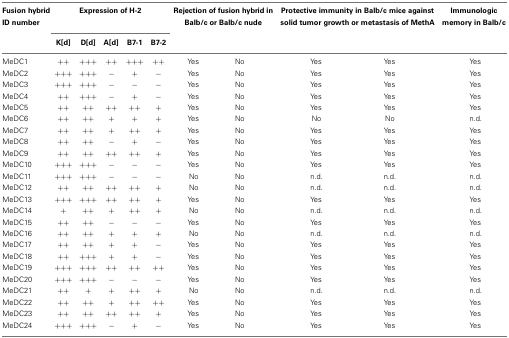
<table><thead><tr><td><b>Fusion hybrid</b></td><td colspan="5"><b>Expression of H-2</b></td><td colspan="2"><b>Rejection of fusion hybrid in</b></td><td colspan="2"><b>Protective immunity in Balb/c mice against</b></td><td><b>Immunologic</b></td></tr><tr><td><b>ID number</b></td><td></td><td></td><td></td><td></td><td></td><td colspan="2"><b>Balb/c or Balb/c nude</b></td><td colspan="2"><b>solid tumor growth or metastasis of MethA</b></td><td><b>memory in Balb/c</b></td></tr><tr><td></td><td><b>K[d]</b></td><td><b>D[d]</b></td><td><b>A[d]</b></td><td><b>B7-1</b></td><td><b>B7-2</b></td><td></td></tr></thead><tbody><tr><td>MeDC1</td><td>++</td><td>+++</td><td>++</td><td>+++</td><td>++</td><td>Yes</td><td>No</td><td>Yes</td><td>Yes</td><td>Yes</td></tr><tr><td>MeDC2</td><td>+++</td><td>+++</td><td>−</td><td>+</td><td>−</td><td>Yes</td><td>No</td><td>Yes</td><td>Yes</td><td>Yes</td></tr><tr><td>MeDC3</td><td>+++</td><td>+++</td><td>−</td><td>−</td><td>−</td><td>Yes</td><td>No</td><td>Yes</td><td>Yes</td><td>Yes</td></tr><tr><td>MeDC4</td><td>++</td><td>+++</td><td>−</td><td>+</td><td>−</td><td>Yes</td><td>No</td><td>Yes</td><td>Yes</td><td>Yes</td></tr><tr><td>MeDC5</td><td>++</td><td>++</td><td>++</td><td>++</td><td>+</td><td>Yes</td><td>No</td><td>Yes</td><td>Yes</td><td>Yes</td></tr><tr><td>MeDC6</td><td>++</td><td>++</td><td>+</td><td>+</td><td>+</td><td>Yes</td><td>No</td><td>No</td><td>No</td><td>n.d.</td></tr><tr><td>MeDC7</td><td>++</td><td>++</td><td>+</td><td>++</td><td>+</td><td>Yes</td><td>No</td><td>Yes</td><td>Yes</td><td>Yes</td></tr><tr><td>MeDC8</td><td>++</td><td>++</td><td>−</td><td>+</td><td>−</td><td>Yes</td><td>No</td><td>Yes</td><td>Yes</td><td>Yes</td></tr><tr><td>MeDC9</td><td>++</td><td>++</td><td>++</td><td>++</td><td>+</td><td>Yes</td><td>No</td><td>Yes</td><td>Yes</td><td>Yes</td></tr><tr><td>MeDC10</td><td>+++</td><td>+++</td><td>−</td><td>−</td><td>−</td><td>Yes</td><td>No</td><td>Yes</td><td>Yes</td><td>Yes</td></tr><tr><td>MeDC11</td><td>+++</td><td>+++</td><td>−</td><td>−</td><td>−</td><td>No</td><td>No</td><td>n.d.</td><td>n.d.</td><td>n.d.</td></tr><tr><td>MeDC12</td><td>++</td><td>++</td><td>++</td><td>++</td><td>+</td><td>No</td><td>No</td><td>n.d.</td><td>n.d.</td><td>n.d.</td></tr><tr><td>MeDC13</td><td>+++</td><td>+++</td><td>++</td><td>++</td><td>+</td><td>Yes</td><td>No</td><td>Yes</td><td>Yes</td><td>Yes</td></tr><tr><td>MeDC14</td><td>+</td><td>++</td><td>+</td><td>++</td><td>+</td><td>No</td><td>No</td><td>n.d.</td><td>n.d.</td><td>n.d.</td></tr><tr><td>MeDC15</td><td>++</td><td>++</td><td>−</td><td>−</td><td>−</td><td>Yes</td><td>No</td><td>Yes</td><td>Yes</td><td>Yes</td></tr><tr><td>MeDC16</td><td>++</td><td>++</td><td>+</td><td>+</td><td>+</td><td>No</td><td>No</td><td>n.d.</td><td>n.d.</td><td>n.d.</td></tr><tr><td>MeDC17</td><td>++</td><td>++</td><td>+</td><td>+</td><td>−</td><td>Yes</td><td>No</td><td>Yes</td><td>Yes</td><td>Yes</td></tr><tr><td>MeDC18</td><td>++</td><td>+++</td><td>+</td><td>+</td><td>−</td><td>Yes</td><td>No</td><td>Yes</td><td>Yes</td><td>Yes</td></tr><tr><td>MeDC19</td><td>+++</td><td>+++</td><td>++</td><td>++</td><td>++</td><td>Yes</td><td>No</td><td>Yes</td><td>Yes</td><td>Yes</td></tr><tr><td>MeDC20</td><td>+++</td><td>+++</td><td>−</td><td>−</td><td>−</td><td>Yes</td><td>No</td><td>Yes</td><td>Yes</td><td>Yes</td></tr><tr><td>MeDC21</td><td>++</td><td>+</td><td>+</td><td>++</td><td>+</td><td>No</td><td>No</td><td>n.d.</td><td>n.d.</td><td>n.d.</td></tr><tr><td>MeDC22</td><td>++</td><td>++</td><td>+</td><td>++</td><td>++</td><td>Yes</td><td>No</td><td>Yes</td><td>Yes</td><td>Yes</td></tr><tr><td>MeDC23</td><td>++</td><td>++</td><td>++</td><td>++</td><td>+</td><td>Yes</td><td>No</td><td>Yes</td><td>Yes</td><td>Yes</td></tr><tr><td>MeDC24</td><td>+++</td><td>+++</td><td>−</td><td>+</td><td>−</td><td>Yes</td><td>No</td><td>Yes</td><td>Yes</td><td>Yes</td></tr></tbody></table>